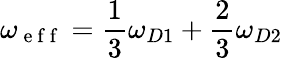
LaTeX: \omega_{\mathrm{~e~f~f~}}=\frac{1}{3}\omega_{D1}+\frac{2}{3}\omega_{D2}